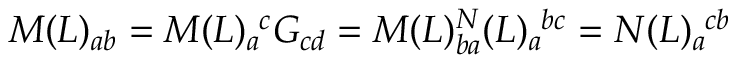
M ( L ) _ { a b } = M ( L ) _ { a } ^ { \ c } G _ { c d } = M ( L ) _ { b a } \sp N ( L ) _ { a } ^ { \ b c } = N ( L ) _ { a } ^ { \ c b }